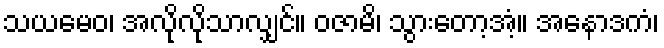
သယမေဝ၊ အလိုလိုသာလျှင်။ ဝဇာမိ၊ သွားတော့အံ့။ အနောဒကံ၊